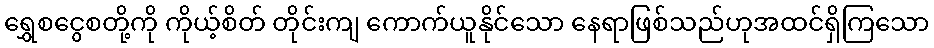
ရွှေစငွေစတို့ကို ကိုယ့်စိတ် တိုင်းကျ ကောက်ယူနိုင်သော နေရာဖြစ်သည်ဟုအထင်ရှိကြသော